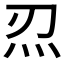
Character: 𤆕